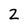
Character: 2